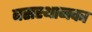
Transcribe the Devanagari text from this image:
बसस्थानका